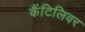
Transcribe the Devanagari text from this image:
कैंटिलिवर